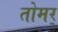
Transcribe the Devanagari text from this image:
तोमर्